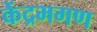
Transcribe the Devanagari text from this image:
केंद्रभगण